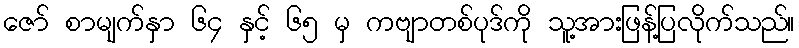
ဇော် စာမျက်နှာ ၆၄ နှင့် ၆၅ မှ ကဗျာတစ်ပုဒ်ကို သူ့အားဖြန့်ပြလိုက်သည်။